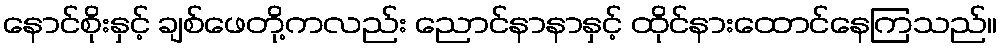
နောင်စိုးနှင့် ချစ်ဖေတို့ကလည်း ညောင်နာနာနှင့် ထိုင်နားထောင်နေကြသည်။